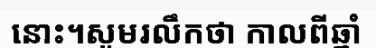
នោះ។សូមរលឹកថា កាលពីឆ្នាំ